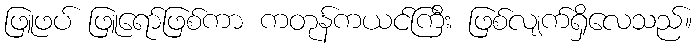
ဖြူဖပ် ဖြူရော်ဖြစ်ကာ ကတုန်ကယင်ကြီး ဖြစ်လျက်ရှိလေသည်။